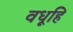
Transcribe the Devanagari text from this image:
वधूहि